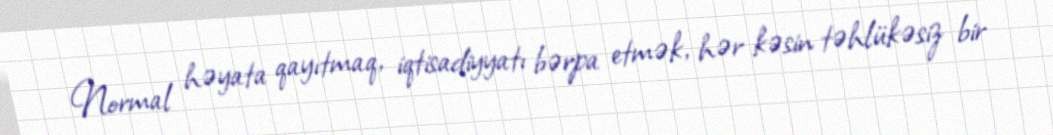
Normal həyata qayıtmaq, iqtisadiyyatı bərpa etmək, hər kəsin təhlükəsiz bir